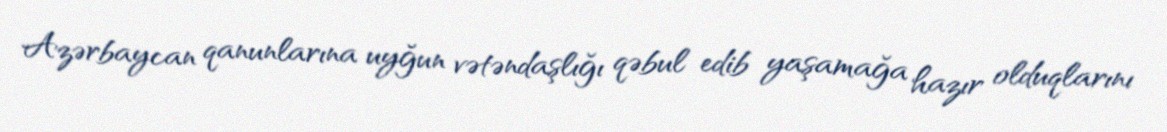
Azərbaycan qanunlarına uyğun vətəndaşlığı qəbul edib yaşamağa hazır olduqlarını